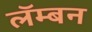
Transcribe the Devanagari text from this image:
लॅम्बन